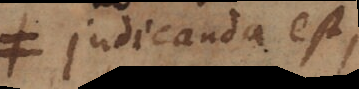
judicanda est,